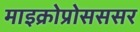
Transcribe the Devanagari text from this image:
माइक्रोप्रोसससर